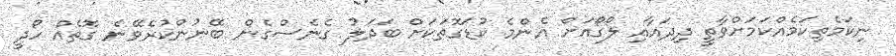
ނިކަމެތިކަމެއްކަމަށްވާތީ ދިދައާއި ލޯގޯއަށް އެންމެ ކުޑަގޮތަކަށް ބަދަލު ގެނެސްގެން ބޭނުންކުރެވޭނެ ގޮތެއް ހޯދީ